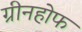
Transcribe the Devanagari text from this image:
ग्रीनहोफ